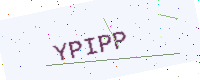
Text: YPIPP